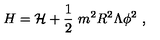
H = { \cal H } + \frac { 1 } { 2 } \ m ^ { 2 } R ^ { 2 } \Lambda \phi ^ { 2 } \ ,